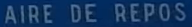
AIRE DE REPOS